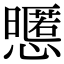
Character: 𢤃